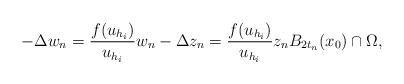
LaTeX: \begin{align*}-\Delta w_n=\frac{f(u_{h_i})}{u_{h_i}} w_n -\Delta z_n=\frac{f(u_{h_i})}{u_{h_i}} z_n B_{2t_n}(x_0)\cap \Omega,\end{align*}